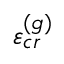
\varepsilon _ { c r } ^ { \left( g \right) }